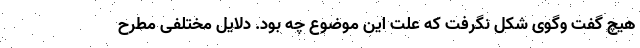
هیچ گفت وگوی شکل نگرفت که علت این موضوع چه بود. دلایل مختلفی مطرح